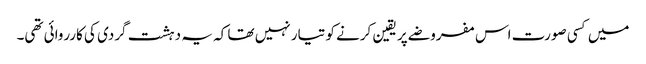
میں کسی صورت اس مفروضے پر یقین کرنے کو تیار نہیں تھا کہ یہ دہشت گردی کی کارروائی تھی۔